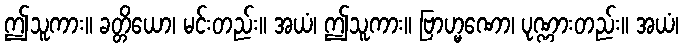
ဤသူကား။ ခတ္တိယော၊ မင်းတည်း။ အယံ၊ ဤသူကား။ ဗြာဟ္မဏော၊ ပုဏ္ဏားတည်း။ အယံ၊